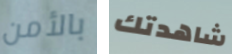
بالأمن شاهدتك